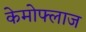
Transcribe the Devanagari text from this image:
केमोफ्लाज